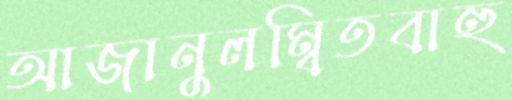
আজানুলম্বিতবাহু